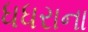
ધધરાના